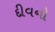
દીવનો